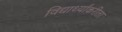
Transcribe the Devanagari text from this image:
विद्यार्थ्यांकरीता